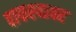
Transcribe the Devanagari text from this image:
वाफश्यावर